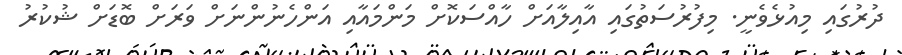
ދުރުގައި މިއުޅެވެނީ. މިފުރުސަތުގައި އާއިލާއަށް ހާއްސަކޮށް މަންމައާއި އަންހެނުންނަށް ވަރަށް ބޮޑަށް ޝުކުރު